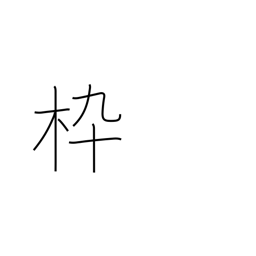
Meaning: frame